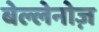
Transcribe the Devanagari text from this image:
बेल्लेनोज़